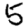
Digit: 5